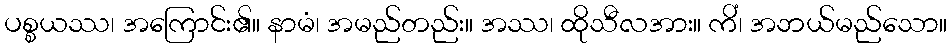
ပစ္စယဿ၊ အကြောင်း၏။ နာမံ၊ အမည်တည်း။ အဿ၊ ထိုသီလအား။ ကိံ၊ အဘယ်မည်သော။